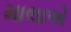
માલાએ